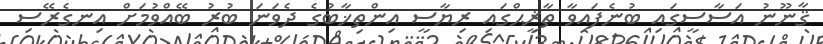
ޤާނޫނު އަސާސީގައި ބުނެފައިވާ ތާޜީޙްގައި ރިޔާސީ އިންތިޚާބުގެ ދެވަނަ ބުރު ބޭއްވުމަށް އިނގެރޭސި